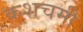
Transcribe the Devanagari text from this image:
कशचमी